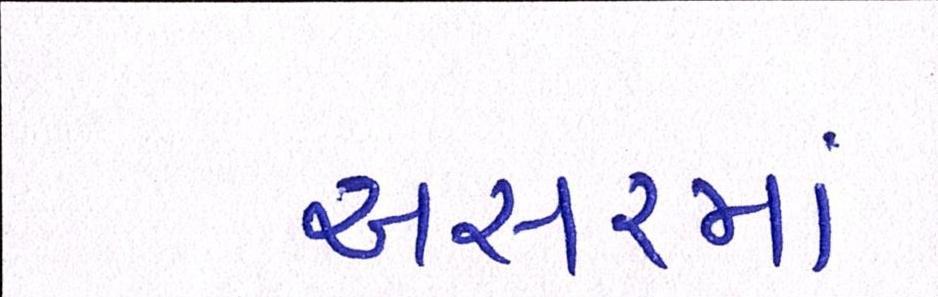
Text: અસરમાં